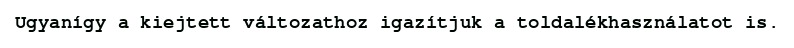
Ugyanígy a kiejtett változathoz igazítjuk a toldalékhasználatot is.